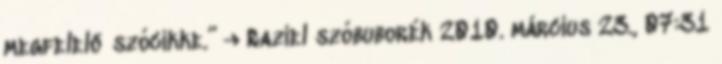
megfelelő szócikke.” → Raziel szóbuborék 2010. március 23., 07:31